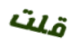
قلت